Report on lock hospitals in British Burma
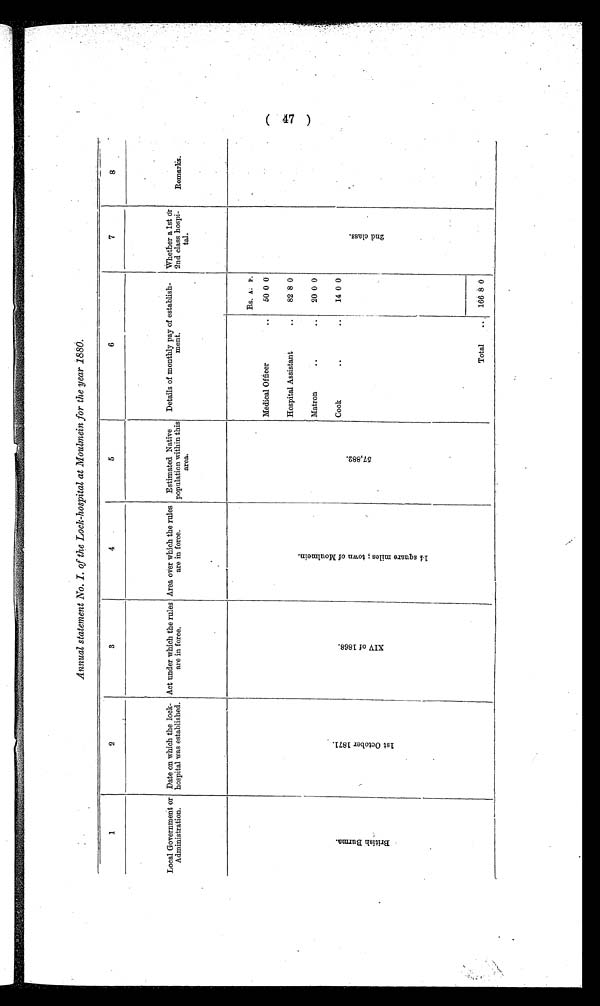
Annual statement No. I. of the Lock-hospital at Moulmein for the year 1880.
1
2
3
4
5
6
7
8
Local Government or
Administration.
Date on which the lock-
hospital was established.
Act under which the rules
are in force.
Area over which the rules
are in force.
Estimated Native
population within this
area.
Details of monthly pay of establish-
ment.
Whether a 1st or
2nd class hospi-
tal.
Remarks.
B r i t i s h B u r m a
1 s t O c t o b e r 1 8 7 1 .
X I V o f 1 8 8 8 .
1 4 s q u a r e m i l l e s ; t o w n o f m o u l m e i n .
5 7 , 8 8 2 .
Rs. A. P.
2 n d c l a s s
Medical Officer
..
50 0 0
Hospital Assistant
..
82 8 0
Matron
..
20 0 0
..
Cook
..
14 0 0
Total
..
166 8 0
( 47 )